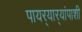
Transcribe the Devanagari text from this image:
पायर्‍यार्‍यांपाशी